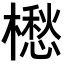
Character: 𣜷